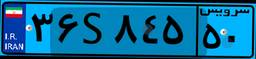
۵۵S۷۶۸۷۹